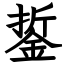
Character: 銴